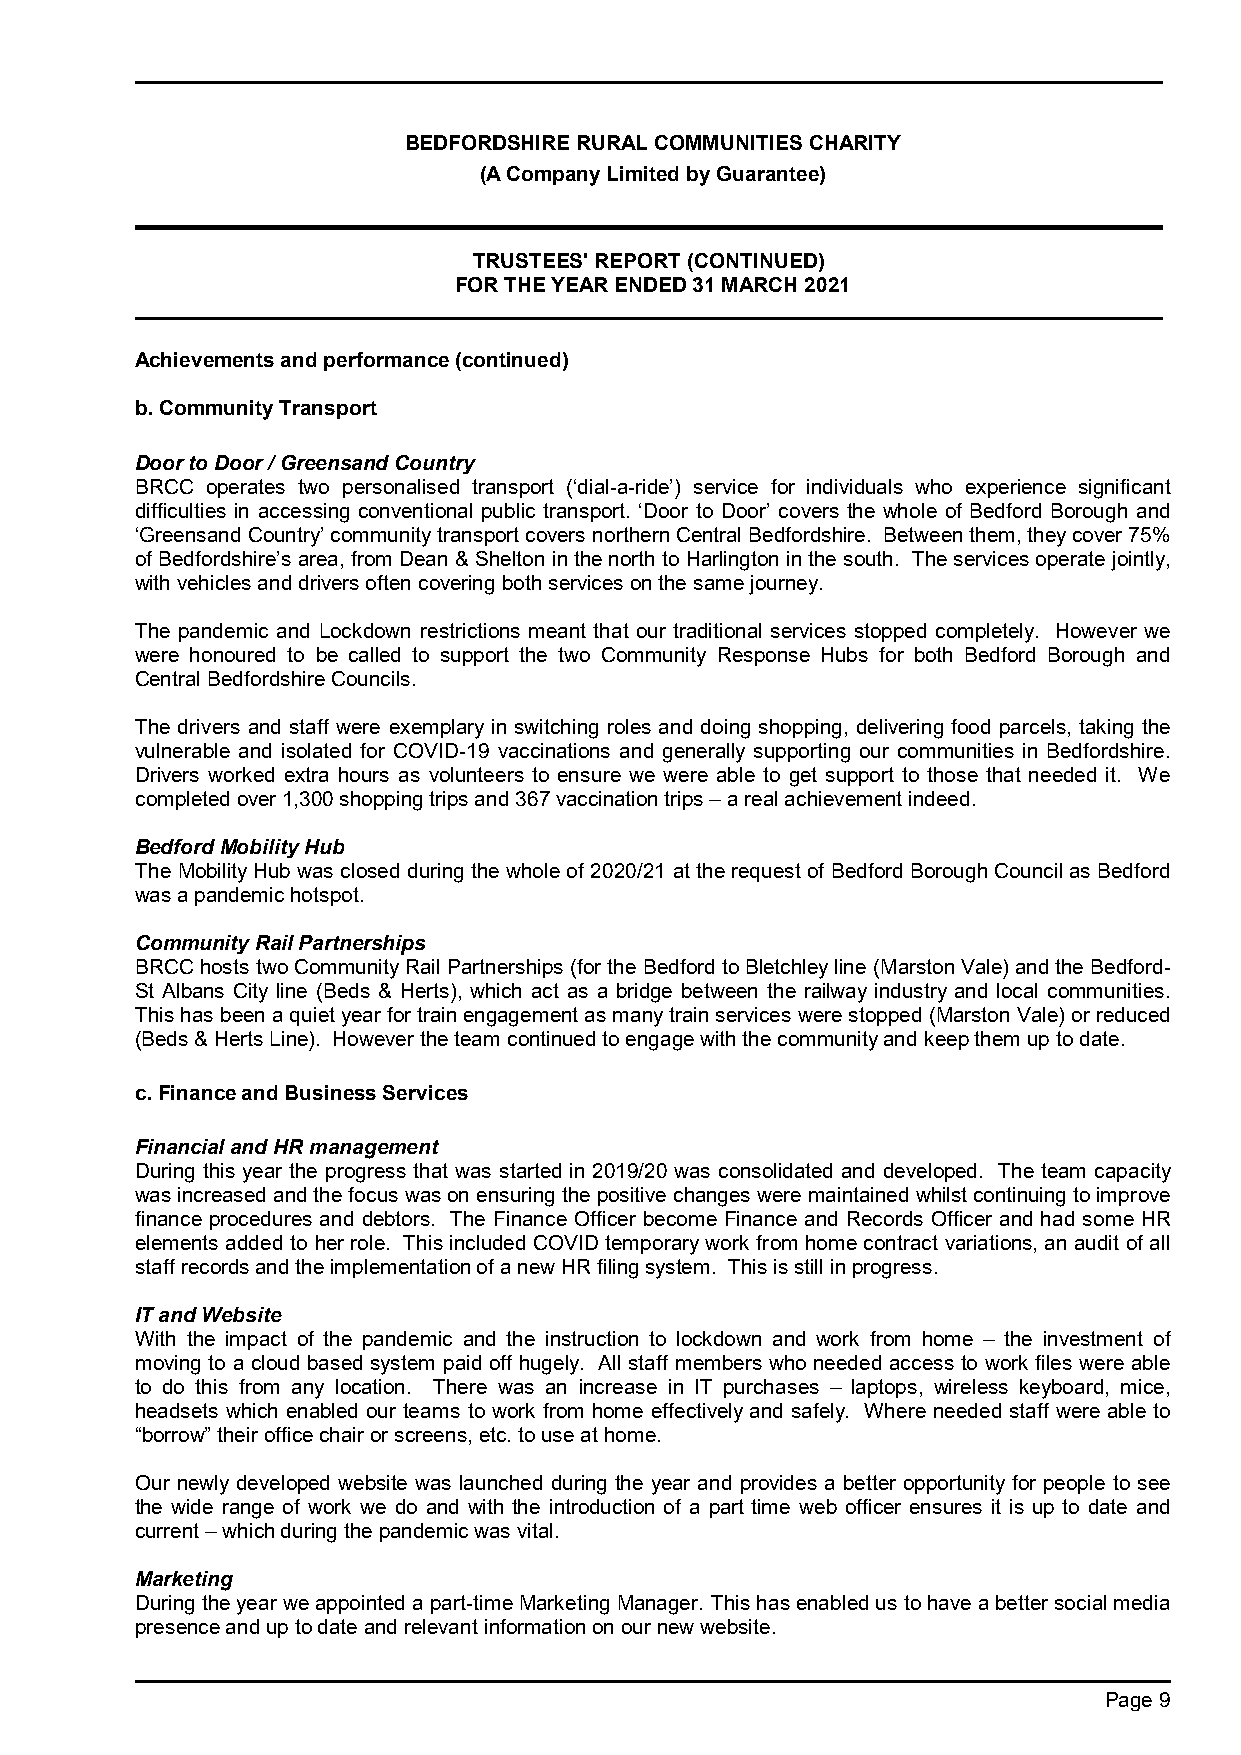
BEDFORDSHIRE RURAL COMMUNITIES CHARITY
 (A Company Limited by Guarantee)
 TRUSTEES' REPORT (CONTINUED)
 FOR THE YEAR ENDED 31 MARCH 2021
 Achievements and performance (continued)
 b. Community Transport
 Door to Door / Greensand Country
 BRCC operates two personalised transport (‘dial-a-ride’) service for individuals who experience significant
 difficulties in accessing conventional public transport. ‘Door to Door’ covers the whole of Bedford Borough and
 ‘Greensand Country’ community transport covers northern Central Bedfordshire. Between them, they cover 75%
 of Bedfordshire’s area, from Dean & Shelton in the north to Harlington in the south. The services operate jointly,
 with vehicles and drivers often covering both services on the same journey.
 The pandemic and Lockdown restrictions meant that our traditional services stopped completely. However we
 were honoured to be called to support the two Community Response Hubs for both Bedford Borough and
 Central Bedfordshire Councils.
 The drivers and staff were exemplary in switching roles and doing shopping, delivering food parcels, taking the
 vulnerable and isolated for COVID-19 vaccinations and generally supporting our communities in Bedfordshire.
 Drivers worked extra hours as volunteers to ensure we were able to get support to those that needed it. We
 completed over 1,300 shopping trips and 367 vaccination trips – a real achievement indeed.
 Bedford Mobility Hub
 The Mobility Hub was closed during the whole of 2020/21 at the request of Bedford Borough Council as Bedford
 was a pandemic hotspot.
 Community Rail Partnerships
 BRCC hosts two Community Rail Partnerships (for the Bedford to Bletchley line (Marston Vale) and the Bedford-
 St Albans City line (Beds & Herts), which act as a bridge between the railway industry and local communities.
 This has been a quiet year for train engagement as many train services were stopped (Marston Vale) or reduced
 (Beds & Herts Line). However the team continued to engage with the community and keep them up to date.
 c. Finance and Business Services
 Financial and HR management
 During this year the progress that was started in 2019/20 was consolidated and developed. The team capacity
 was increased and the focus was on ensuring the positive changes were maintained whilst continuing to improve
 finance procedures and debtors. The Finance Officer become Finance and Records Officer and had some HR
 elements added to her role. This included COVID temporary work from home contract variations, an audit of all
 staff records and the implementation of a new HR filing system. This is still in progress.
 IT and Website
 With the impact of the pandemic and the instruction to lockdown and work from home – the investment of
 moving to a cloud based system paid off hugely. All staff members who needed access to work files were able
 to do this from any location. There was an increase in IT purchases – laptops, wireless keyboard, mice,
 headsets which enabled our teams to work from home effectively and safely. Where needed staff were able to
 “borrow” their office chair or screens, etc. to use at home.
 Our newly developed website was launched during the year and provides a better opportunity for people to see
 the wide range of work we do and with the introduction of a part time web officer ensures it is up to date and
 current – which during the pandemic was vital.
 Marketing
 During the year we appointed a part-time Marketing Manager. This has enabled us to have a better social media
 presence and up to date and relevant information on our new website.
 Page 9